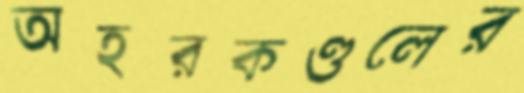
অহরকণ্ডলের